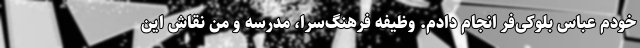
خودم عباس بلوکی‌فر انجام دادم. وظیفه فرهنگ‌سرا، مدرسه و من نقاش این